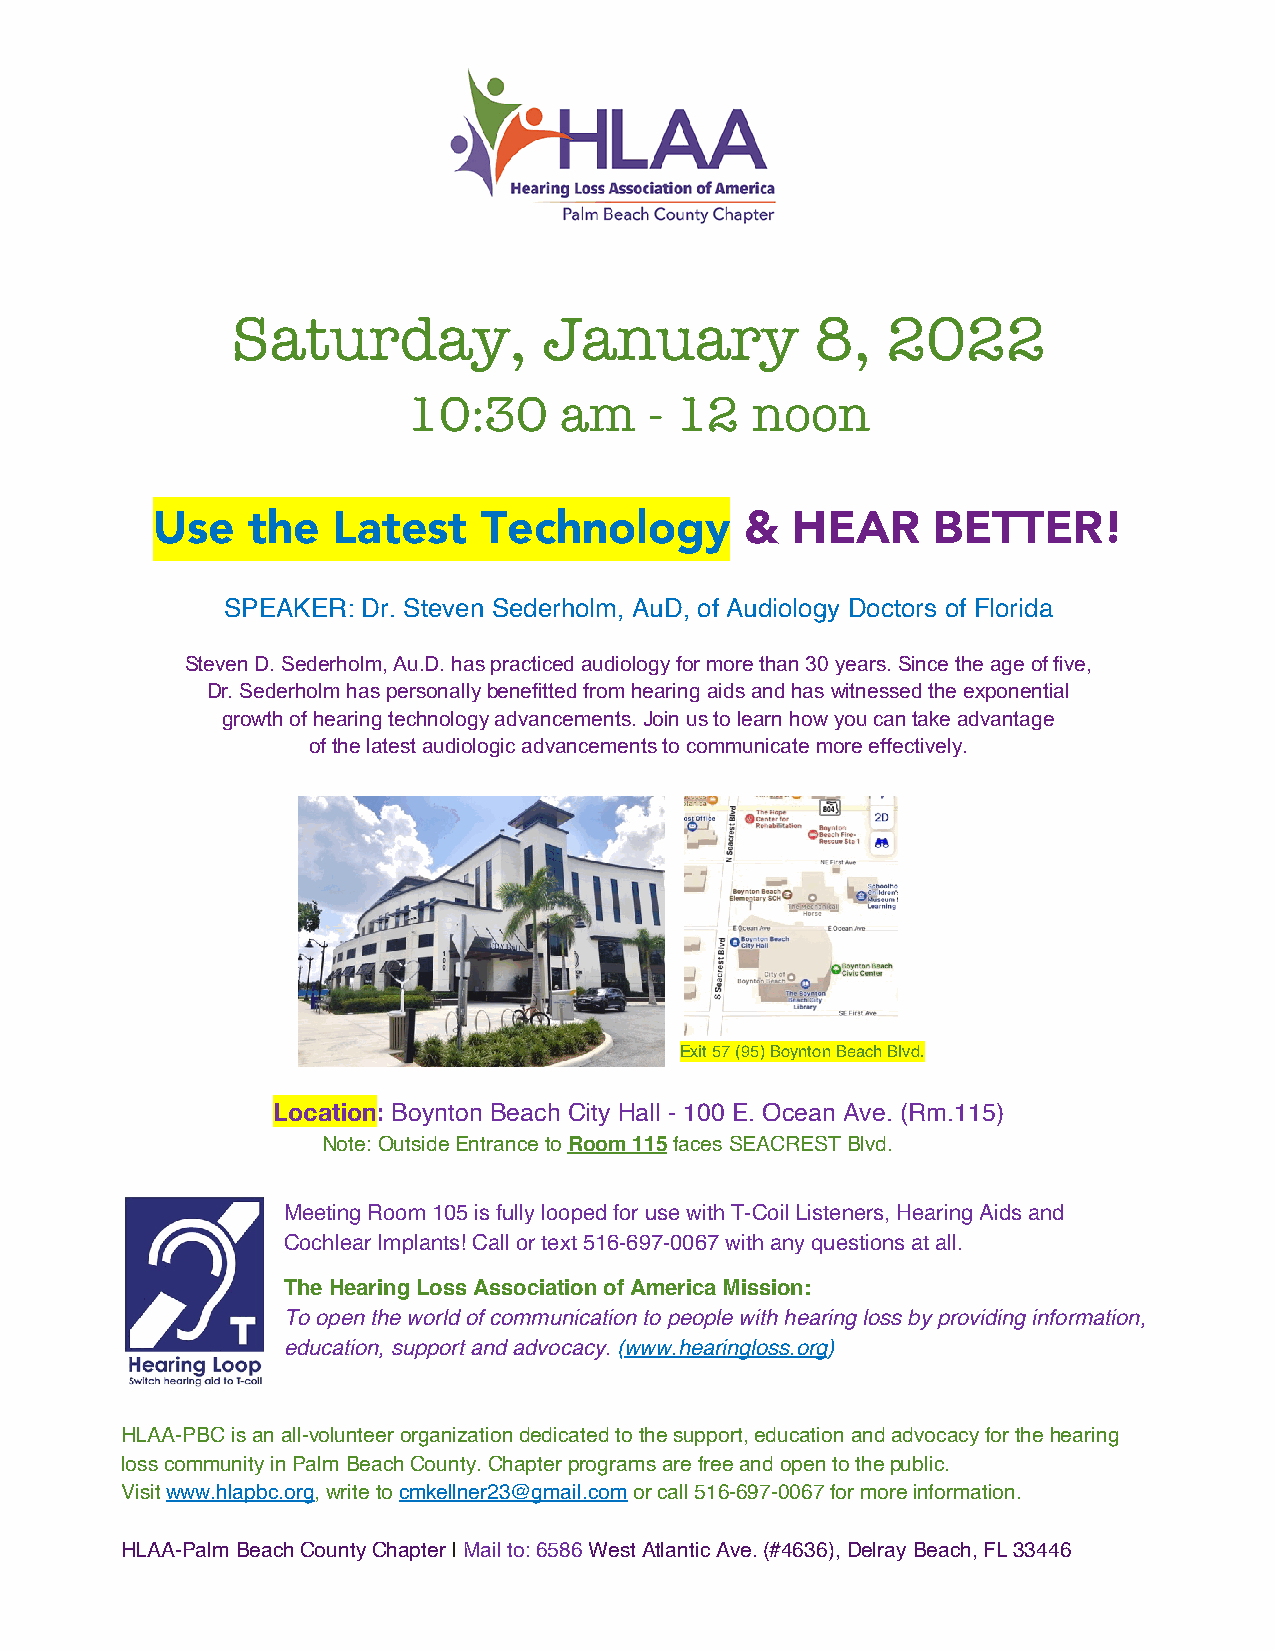
Saturday,            January           8,   2022
 10:30     am    - 12   noon
 Use   the   Latest    Technology       &  HEAR      BETTER!
 SPEAKER: Dr. Steven Sederholm, AuD, of Audiology Doctors of Florida
 Steven D. Sederholm, Au.D. has practiced audiology for more than 30 years. Since the age of five,
 Dr. Sederholm has personally benefitted from hearing aids and has witnessed the exponential
 growth of hearing technology advancements. Join us to learn how you can take advantage
 of the latest audiologic advancements to communicate more effectively.
 Exit 57 (95) Boynton Beach Blvd.
 Location: Boynton Beach City Hall - 100 E. Ocean Ave. (Rm.115)
 Note: Outside Entrance to Room 115 faces SEACREST Blvd.
 Meeting Room 105 is fully looped for use with T-Coil Listeners, Hearing Aids and
 Cochlear Implants! Call or text 516-697-0067 with any questions at all.
 The Hearing Loss Association of America Mission:
 To open the world of communication to people with hearing loss by providing information,
 education, support and advocacy. (www.hearingloss.org)
 HLAA-PBC is an all-volunteer organization dedicated to the support, education and advocacy for the hearing
 loss community in Palm Beach County. Chapter programs are free and open to the public.
 Visit www.hlapbc.org, write to cmkellner23@gmail.com or call 516-697-0067 for more information.
 HLAA-Palm Beach County Chapter | Mail to: 6586 West Atlantic Ave. (#4636), Delray Beach, FL 33446